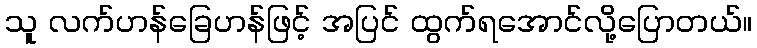
သူ လက်ဟန်ခြေဟန်ဖြင့် အပြင် ထွက်ရအောင်လို့ပြောတယ်။